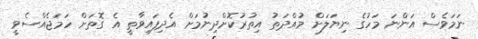
ނަމަވެސް އަންނަ މަހުގެ ނިޔަލަށް މުއްދަތު އިތުރުކޮށްދިނުމަށް އެދިފައިވާތީ އެ ގޮތަށް ހަމަޖެއްސެވީ